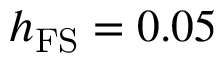
h _ { \mathrm { F S } } = 0 . 0 5